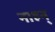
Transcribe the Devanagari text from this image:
नाहन्